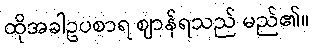
ထိုအခါဥပစာရ ဈာန်ရသည် မည်၏။